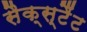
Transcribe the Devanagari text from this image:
सैक्स्टैंट